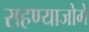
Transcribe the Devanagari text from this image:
राहण्याजोगे